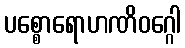
ပစ္စောရောဟဏိဝဂ္ဂေါ